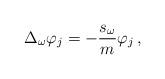
LaTeX: \begin{align*}\Delta_{\omega}\varphi_{j}=-\frac{s_{\omega}}{m}\varphi_{j}\, ,\end{align*}